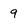
Character: 9